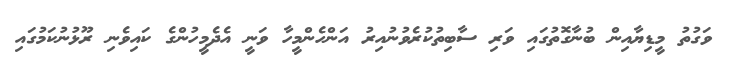
ވަގުތު މީޑިޔާއިން ބުނާގޮތުގައި ވަރި ސާބިތުކުރެވުނުއިރު އަންހެންމީހާ ވަނީ އެދެމީހުންގެ ކައިވެނި ރޫޅުނުކަމުގައި